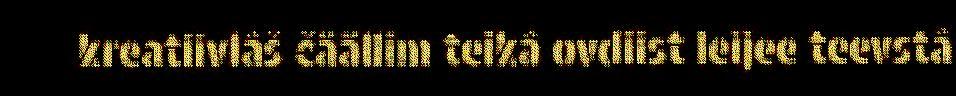
kreatiivlâš čäällim teikâ ovdiist leijee teevstâ